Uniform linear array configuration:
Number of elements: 12
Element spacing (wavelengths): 1
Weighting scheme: binomial
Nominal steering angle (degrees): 15
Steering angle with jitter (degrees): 16.735
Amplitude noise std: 0.05
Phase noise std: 0.05

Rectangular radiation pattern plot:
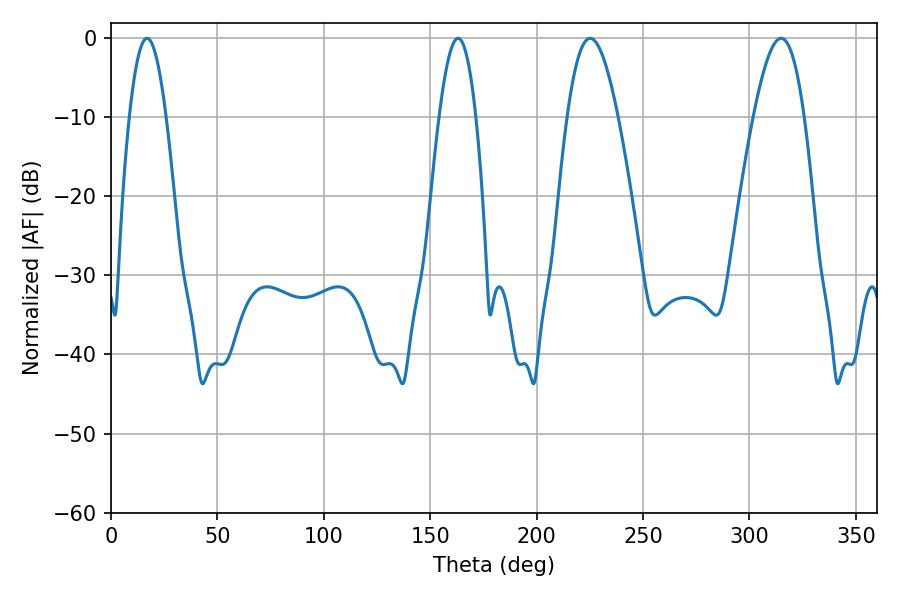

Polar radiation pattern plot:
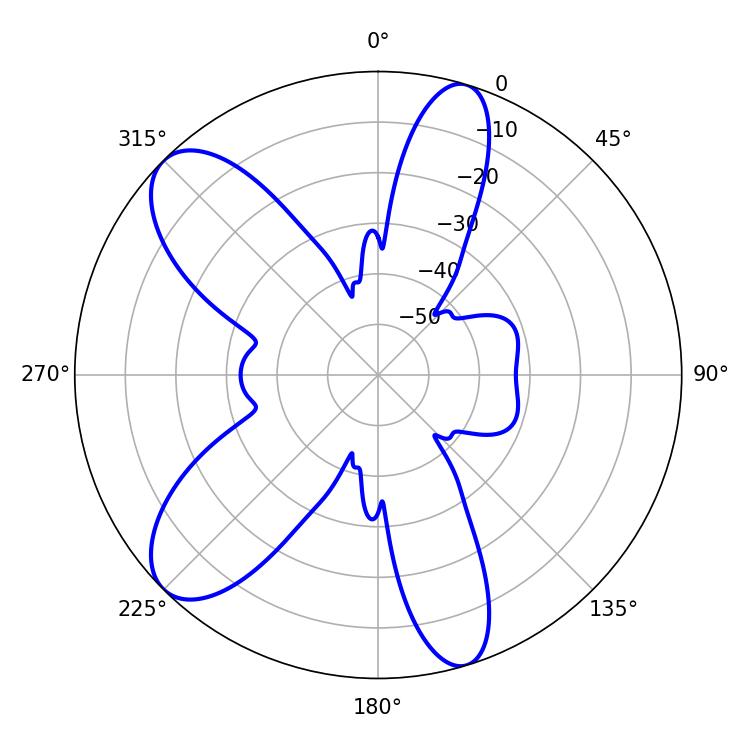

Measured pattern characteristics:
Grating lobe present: TRUE
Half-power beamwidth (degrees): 9.54
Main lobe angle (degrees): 16.92